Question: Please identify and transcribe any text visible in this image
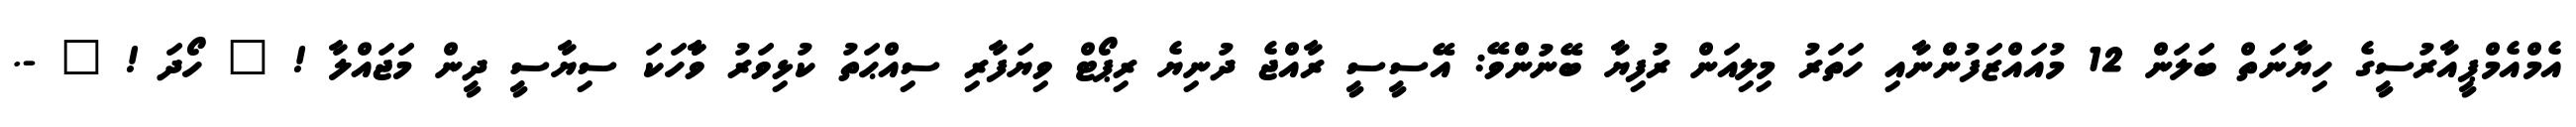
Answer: އެމްއެމްޕީއާރުސީގެ ހިޔާނަތް ބަލަން 12 މުއައްޒަފުންނާއި ހަތަރު މިލިއަން ރުފިޔާ ބޭނުންވޭ: އޭސީސީ ރާއްޖެ ދުނިޔެ ރިޕޯޓް ވިޔަފާރި ސިއްޙަތު ކުޅިވަރު ވާާހަކަ ސިޔާސީ ދީން މަޖައްލާ ! ? ހޯދަ ! ? -.